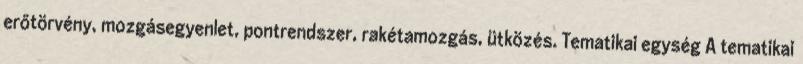
erőtörvény, mozgásegyenlet, pontrendszer, rakétamozgás, ütközés. Tematikai egység A tematikai